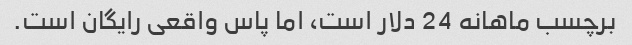
برچسب ماهانه 24 دلار است، اما پاس واقعی رایگان است.